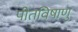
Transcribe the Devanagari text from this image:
पीतविषाणु